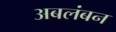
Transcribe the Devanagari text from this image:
अबलंबन